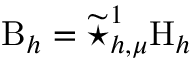
\mathrm { B } _ { h } = \widetilde { \star } _ { h , \mu } ^ { 1 } \mathrm { H } _ { h }